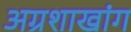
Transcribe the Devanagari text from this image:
अग्रशाखांग